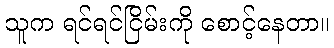
သူက ရင်ရင်ငြိမ်းကို စောင့်နေတာ။